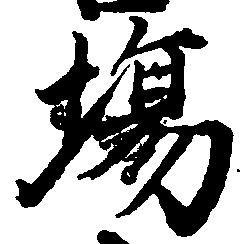
場